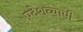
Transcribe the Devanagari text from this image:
प्रदेशव्यापी